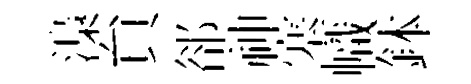
𣻏貟郤神塞幟鉢